Jarvakandi_vallavalitsus, lk 11
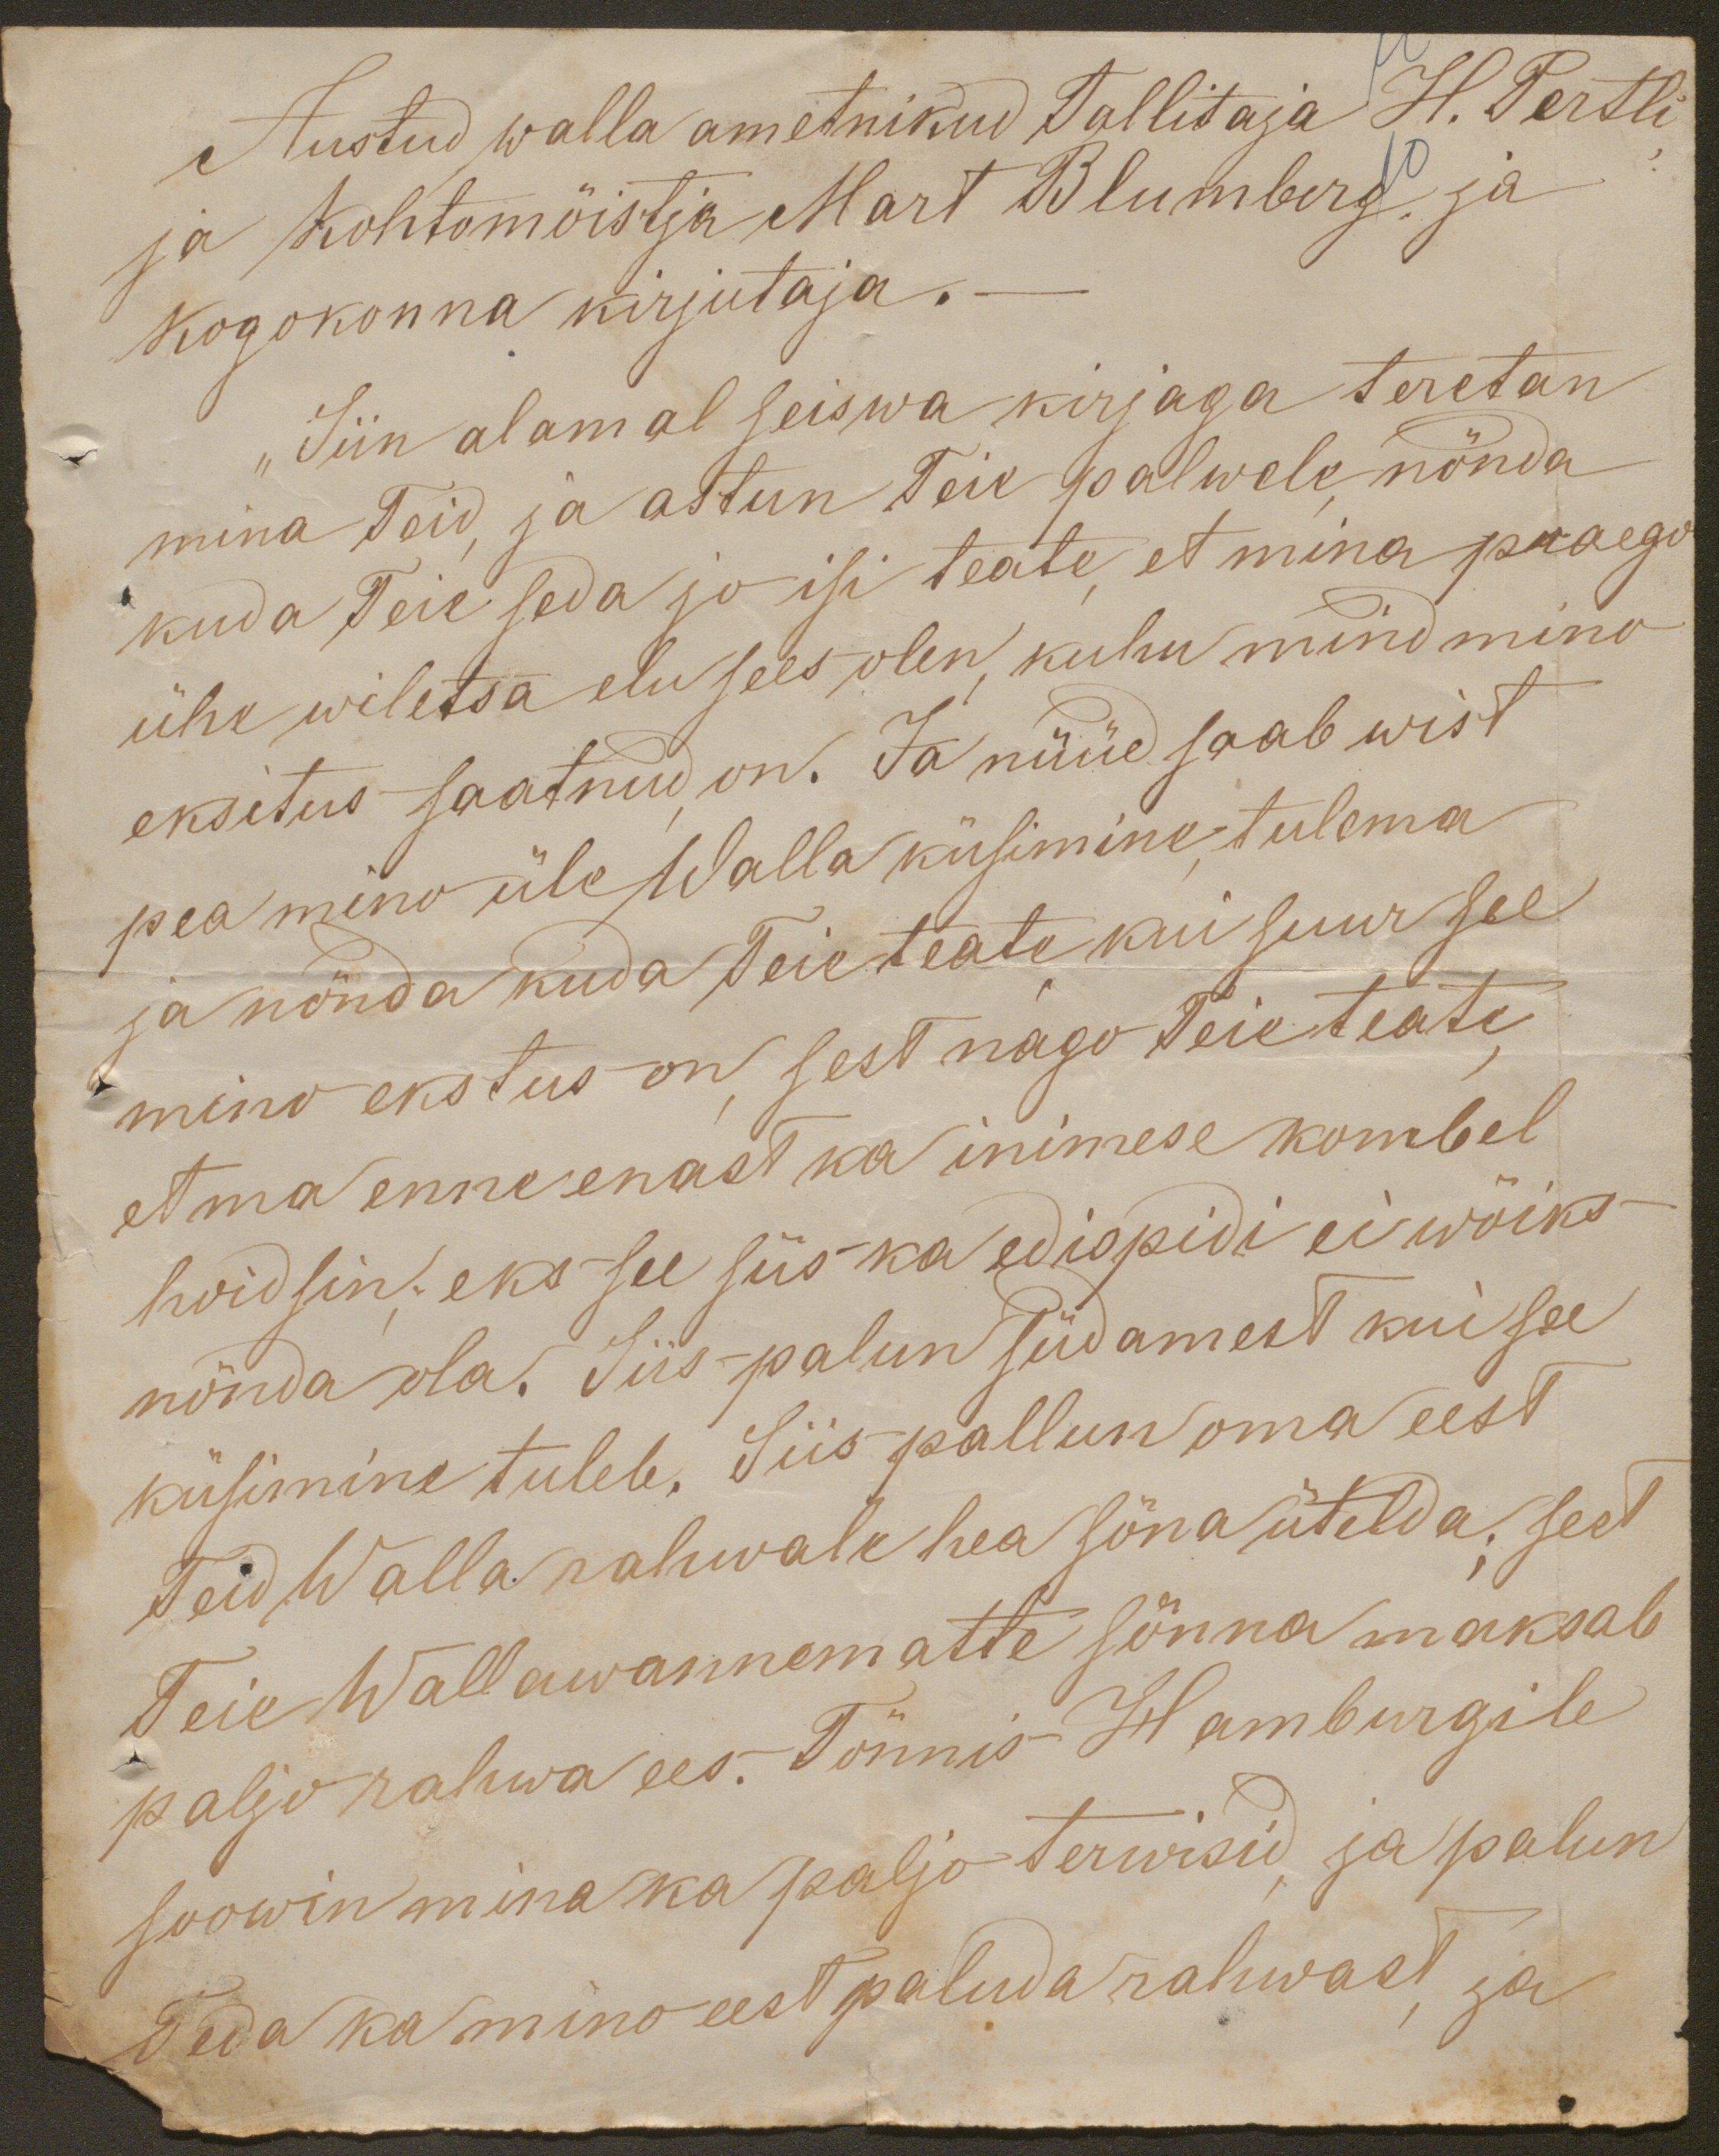
Austud walla ametnikud Tallitaja H. Pertli
ja kohtomõistja Mart Blumberg ja
kogokonna kirjutaja.-
"Siin alamal seiswa kirjaga teretan
mina Teid, ja astun Teie palwele nõnda
kuda Teie seda jo isi teate et mina praego
ühe wiletsa elu sees olen kuhu mind mino
eksitus saatnud on. Ja nüüd saab wist
pea mino üle Walla küsimine, tulema
ja nõnda kuda Teie teate kui suur see
mino ekstus on sest nago Teie teate,
et ma enne enast ka inimese kombel
hoidsin; eks see siis ka edispidi ei wõiks
nõnda ola. Siis palun südamest kui see
küsimine tuleb. Siis pallun oma eest
Teid Walla rahwale hea söna ütelda; sest
Teie Wallawannematte sönna maksab
paljo rahwa ees. Tönnis Hamburgile
soowin mina ka paljo terwisid ja palun
Teda ka mino eest paluda rahwast, ja